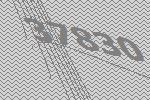
37830